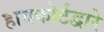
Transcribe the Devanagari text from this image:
हायकोर्टद्वारे